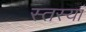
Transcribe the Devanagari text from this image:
स्तस्यां